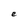
Character: e